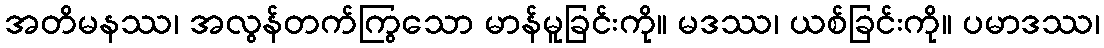
အတိမနဿ၊ အလွန်တက်ကြွသော မာန်မူခြင်းကို။ မဒဿ၊ ယစ်ခြင်းကို။ ပမာဒဿ၊